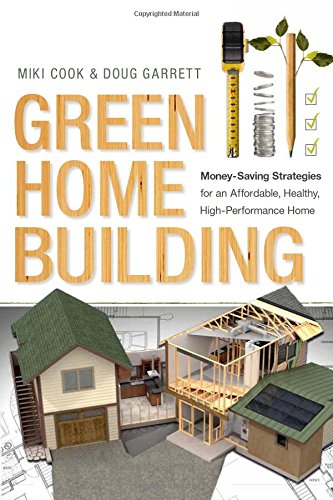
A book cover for Green Home Building: Money-Saving Strategies for an Affordable, Healthy, High-Performance Home; Miki Cook; Crafts, Hobbies & Home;